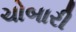
ચોબારી